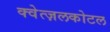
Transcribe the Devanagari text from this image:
क्वेत्ज़लकोटल